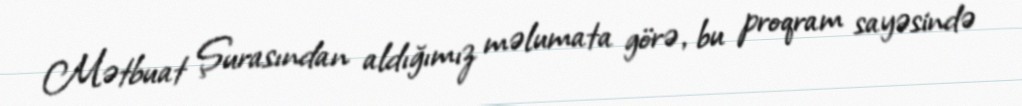
Mətbuat Şurasından aldığımız məlumata görə, bu proqram sayəsində